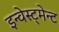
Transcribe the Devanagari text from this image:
इन्वेस्ट्मेन्ट